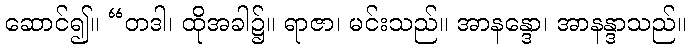
ဆောင်၍။ “တဒါ၊ ထိုအခါ၌။ ရာဇာ၊ မင်းသည်။ အာနန္ဒော၊ အာနန္ဒာသည်။